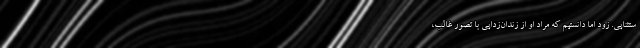
ستثنایی. زود اما دانستیم که مراد او از زندان‌زدایی با تصور غالب،